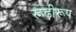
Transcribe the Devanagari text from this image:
रूढ़ीरूप